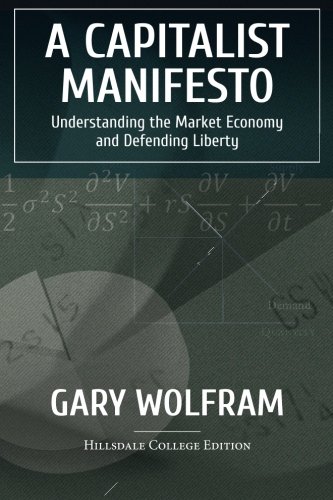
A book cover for A Capitalist Manifesto: Understanding The Market Economy And Defending Liberty; Gary Wolfram; Business & Money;